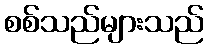
စစ်သည်များသည်